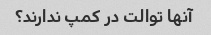
آنها توالت در کمپ ندارند؟